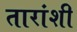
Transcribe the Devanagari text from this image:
तारांशी